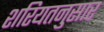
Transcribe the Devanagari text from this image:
शरियतनुसार